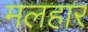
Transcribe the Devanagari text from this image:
मलहार